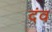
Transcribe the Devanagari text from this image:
दंव